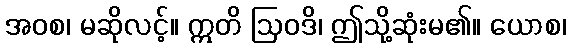
အဝစ၊ မဆိုလင့်။ ဣတိ ဩဝဒိ၊ ဤသို့ဆုံးမ၏။ ယောစ၊